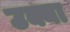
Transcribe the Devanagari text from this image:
उक्या